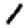
Digit: 1